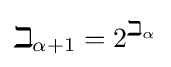
\beth _{\alpha +1}=2^{\beth _{\alpha }}